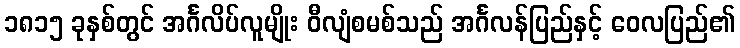
၁၈၁၅ ခုနှစ်တွင် အင်္ဂလိပ်လူမျိုး ဝီလျံစမစ်သည် အင်္ဂလန်ပြည်နှင့် ဝေလပြည်၏